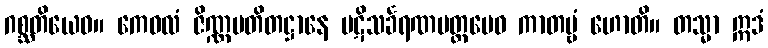
ဂစ္ဆတိယေဝ။ ကေဝလံ ဇိဏ္ဏပတိတဋ္ဌာနေ ပဋိသင်္ခရဏမတ္တမေဝ ကာတဗ္ဗံ ဟောတိ။ တသ္မာ ဣဒံ